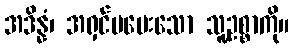
အဒိန္နံ၊ အရှင်မပေးသော သူ့ဥစ္စာကို။